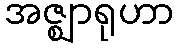
အဇ္ဈာရုဟာ